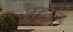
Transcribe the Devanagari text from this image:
ट्रिटाईज